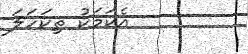
އެކަމަކު ތިކަހަލަ